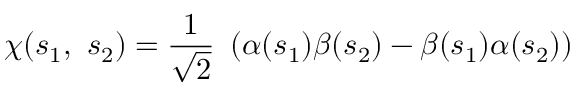
\chi ( s _ { 1 } , \, \, s _ { 2 } ) = { \frac { 1 } { \sqrt { 2 } } } \, \, \left( \alpha ( s _ { 1 } ) \beta ( s _ { 2 } ) - \beta ( s _ { 1 } ) \alpha ( s _ { 2 } ) \right)